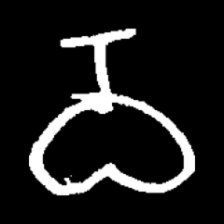
Pyu character \u2014 Myanmar letter: ဝ (romanized: wa)